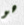
هو